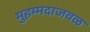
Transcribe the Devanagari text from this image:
मुहम्मदाजवळ